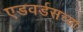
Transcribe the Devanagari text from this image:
एडवर्डसच्या